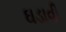
ઘડાવી